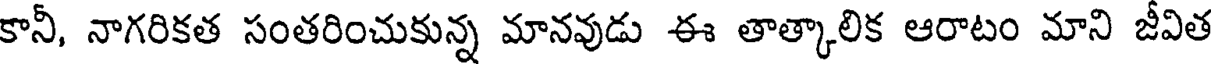
కానీ, నాగరికత సంతరించుకున్న మానవుడు ఈ తాత్కాలిక ఆరాటం మాని జీవిత